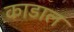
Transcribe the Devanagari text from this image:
काडाल